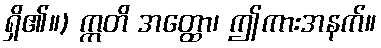
ရှိ၏။) ဣတိ အတ္ထော၊ ဤကားအနက်။